Leaving Certificate, 1888
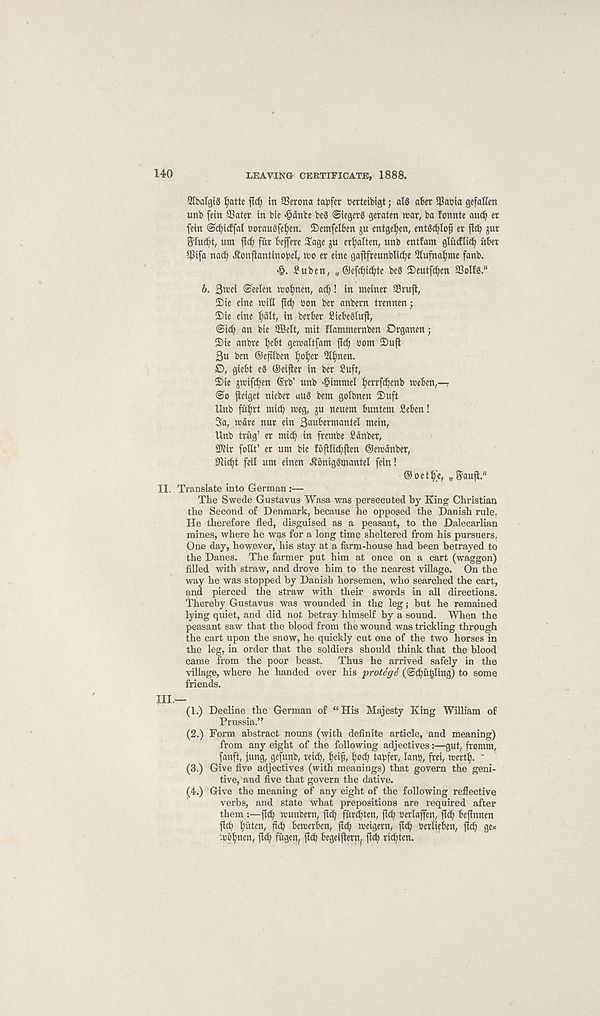
140
LEAVING CEKTIFICATE, 1888.
Qlbalgig Ijatte
in SSerona ta^fer berteibigt; atg abcr
gefaflm
unb fetn SSater in bic '©ante beg Siegerg geraten mar, ba fonnte aut^ er
fein Sc^idfal uoraugfe^en. ©emfelben ju entge^en, entg^Iof er fid^ jur
^luc^t, um fid) fur beffere $age ju er^alten, unb entfam gliuflicfy iiber
$ifa natfi ^onftantinofjel, wo er eine gaftfreunblic^e 5tufha^me fanb.
<©. ^uben, „ ©efc^ic^te beg 3)eutfcfien aSoIfg."
b. 3»ei Seelen tcof)nen( ad)! in meiner SSruji,
£)ie etne mitt fid) bon ber anbern trennen;
2)ie eine i)dlt, in berber Siebegiuft,
Sid) an bie ffielt, mit flammernben Drganen ■,
5)ie anbre I;ebt gemaltfam ftcb bom 2)uft
3u ben ©eftlben Ijofjer 5Ii)nen.
D, giebt eg ©eijler in ber Suft,
2)ie jmifdjen @rb’ unb '©immel tjerrfcbenb meben,—
So jieiget nieber aug bem golbnen 2)uft
Unb fu^rt mid) meg, ju neuem buntem Seben!
3a, mare nur ein 3au6ermantel mein,
Unb trug’ er mid) in frembe Sdnber,
3Kir fottt’ er um bie fofilicbfien ©emdnber,
9iid)t feit um einen ^oniggmantel fein!
©oet^e, „ Saufi."
II. Translate into German:—
The Swede Gustavus Wasa was persecuted by King Christian
the Second of Denmark, because he opposed the Danish rule.
He therefore fled, disguised as a peasant, to the Dalecarlian
mines, where he was for a long time sheltered from his pursuers.
One day, however, his stay at a farm-house had been betrayed to
the Danes. The farmer put him at once on a cart (waggon)
filled with straw, and drove him to the nearest village. On the
way he was stopped by Danish horsemen, who searched the cart,
and pierced the straw with their swords in all directions.
Thereby Gustavus was wounded in the leg; but he remained
lying quiet, and did not betray himself by a sound. When the
peasant saw that the blood from the wound was trickling through
the cart upon the snow, he quickly cut one of the two horses in
the leg, in order that the soldiers should think that the blood
came from the poor beast.
Thus he arrived safely in the
village, where he handed over his protege (@d)u£ling) to some
friends.
III.—
(1.) Decline the German of “His Majesty King William of
Prussia.”
(2.) Form abstract nouns (with definite article, and meaning)
from any eight of the following adjectives:—gut, fromm,
fanft, jung, gefunb, met), Ijeifj, t)od) tapfer, lant), fret, mertlj. '
(3.) Give five adjectives (with meanings) that govern the geni-
tive, and five that govern the dative.
(4.) Give the meaning of any eight of the following reflective
verbs, and state what prepositions are required after
them :—flcf; munbern, ftet) furebten, fid) Oetlajfen, fid) beflnnen
ftep l)uten, fief) betretben, ftef) meigern, fid) berliebeu, fid) ge*
pjoljnm, fid) fugett, fid? begetflernf fid) ridjten.